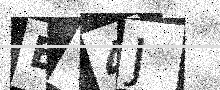
Text: ET4J